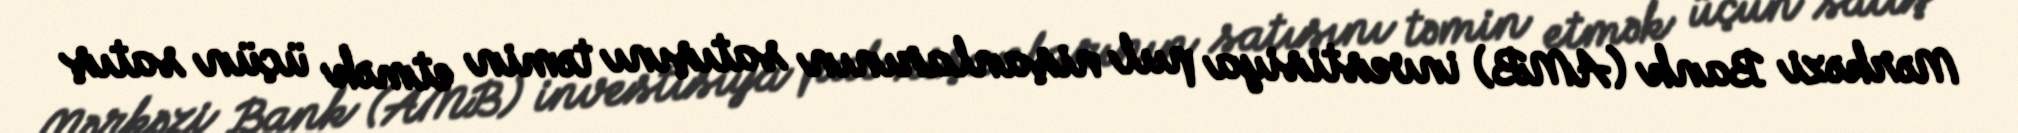
Mərkəzi Bank (AMB) investisiya pul nişanlarının satışını təmin etmək üçün satış